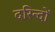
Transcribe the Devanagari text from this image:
दरिन्‍दों